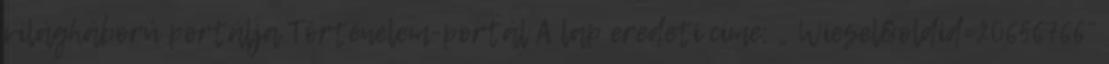
világháború portálja Történelem-portál A lap eredeti címe: „ Wiesel&oldid=20656766”